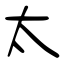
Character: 太